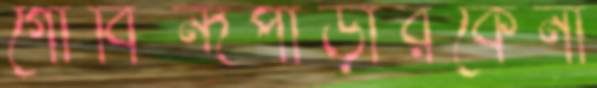
গোবিন্দপাড়ারকেনা